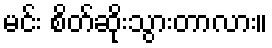
မင်း စိတ်ဆိုးသွားတာလား။